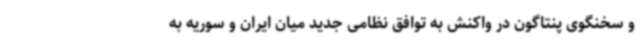
و سخنگوی پنتاگون در واکنش به توافق نظامی جدید میان ایران و سوریه به